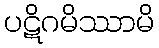
ပဋိဂမိဿာမိ